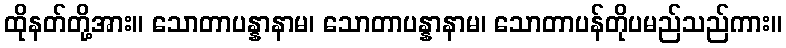
ထိုနတ်တို့အား။ သောတာပန္နာနာမ၊ သောတာပန္နာနာမ၊ သောတာပန်တိုပမည်သည်ကား။